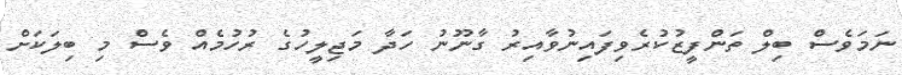
ނަމަވެސް ބިލް ތަންފީޒުކުރެވިފައިނުވާއިރު ގާނޫނު ހަދާ މަޖިލީހުގެ ރުހުމެއް ވެސް މި ބިލަކަށް